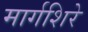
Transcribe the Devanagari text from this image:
मार्गशिरे